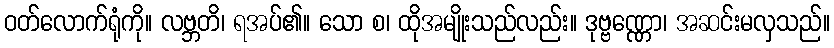
ဝတ်လောက်ရုံကို။ လဗ္ဘတိ၊ ရအပ်၏။ သော စ၊ ထိုအမျိုးသည်လည်း။ ဒုဗ္ဗဏ္ဏော၊ အဆင်းမလှသည်။